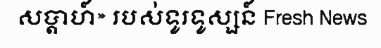
សប្តាហ៍» របស់ទូរទូស្សន៍ Fresh News